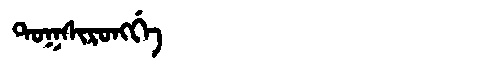
Manchu: ᡨᠣᡴᠰᡳᡵᠣᠩᡤᡝ
Romanization: TOKSIRONGGE